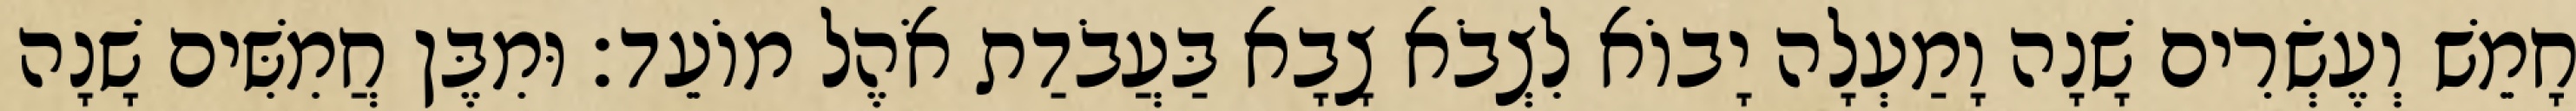
חָמֵשׁ וְעֶשְׂרִים שָׁנָה וָמַעְלָה יָבוֹא לִצְבֹא צָבָא בַּעֲבֹדַת אֹהֶל מוֹעֵד׃ וּמִבֶּן חֲמִשִּׁים שָׁנָה